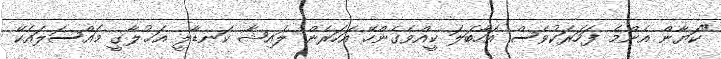
"ކަޔާން އެންމެ ފަހަރަކުވެސް އަހާބަލަ ކީއްވެގެންހޭ އަހަރެން ލައިޝާ ކަނޑާލީ އަޚުލާގީ މައްސަލައެކޭ